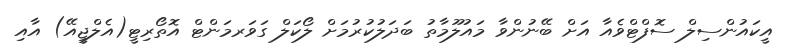
އީކައުންސިލް ސޮފްޓްވެއާ އަށް ބޭނުންވާ މައުލޫމާތު ބަދަލުކުރުމަށް ލޯކަލް ގަވަރމަންޓް އޮތޯރިޓީ(އެލްޖީއޭ) އާއި